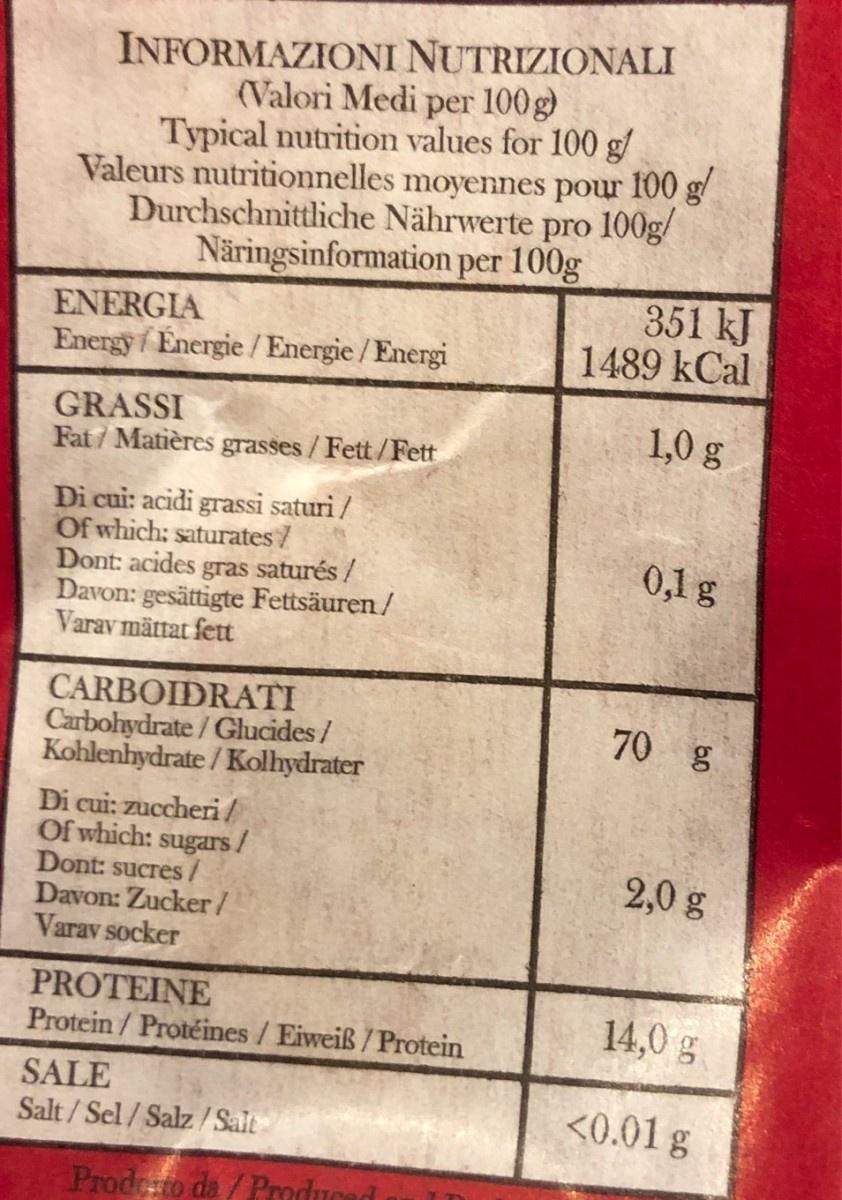
INFORMAZIONI NUTRIZIONALI (Valori Medi per 100g) Typical nutrition values for 100 g/ Valeurs nutritionnelles moyennes pour 100 g Durchschnittliche Nährwerte pro 100g/ Näringsinformation per 100g 351 kJ 1489 kCal ENERGIA Energy Energie /Energie /Energi GRASSI Fat / Matières grasses/Fett/Fett 1,0 g Di cui: acidi grassi saturi / Of which: saturates/ Dont: acides gras saturés / Davon: gesättigte Fettsäuren/ Varav mättat fett 0,1 g CARBOIDRATI Carbohydrate / Glucides / Kohlenhydrate / Kolhydrater 70 g Di cui: zuccheri/ Of which: sugars/ Dont: sucres/ Davon: Zucker/ Varav socker 2,0 g PROTEINE Protein / Protéines / Eiweiß /Protein 14,0 g SALE Salt / Sel / Salz/ <0.01 g Salt Prodeto da / Producad